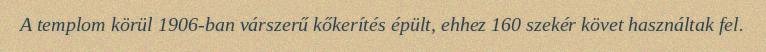
A templom körül 1906-ban várszerű kőkerítés épült, ehhez 160 szekér követ használtak fel.